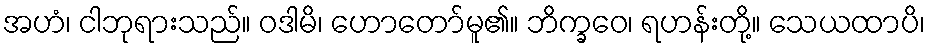
အဟံ၊ ငါဘုရားသည်။ ဝဒါမိ၊ ဟောတော်မူ၏။ ဘိက္ခဝေ၊ ရဟန်းတို့။ သေယထာပိ၊